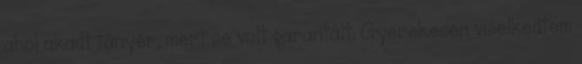
ahol akadt tányér, mert se volt garantált. Gyerekesen viselkedtem